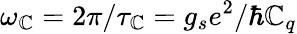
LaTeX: \omega_{\mathbb{C}}=2\pi/\tau_{\mathbb{C}}=g_{s}e^{2}/\hbar\mathbb{C}_{q}